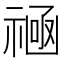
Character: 𫀛